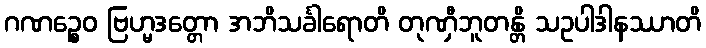
ဂဏဉ္စေဝ ဗြဟ္မဒတ္တော အဘိသင်္ခါရောတိ တုဏှီဘူတန္တိ သဥပါဒါနဿာတိ